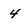
Character: 4